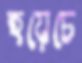
হয়েচে